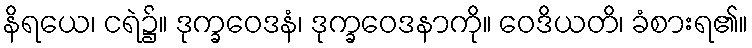
နိရယေ၊ ငရဲ၌။ ဒုက္ခဝေဒနံ၊ ဒုက္ခဝေဒနာကို။ ဝေဒိယတိ၊ ခံစားရ၏။